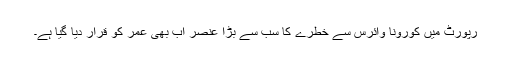
رپورٹ میں کورونا وائرس سے خطرے کا سب سے بڑا عنصر اب بھی عمر کو قرار دیا گیا ہے۔